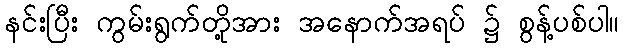
နင်းပြီး ကွမ်းရွက်တို့အား အနောက်အရပ် ၌ စွန့်ပစ်ပါ။